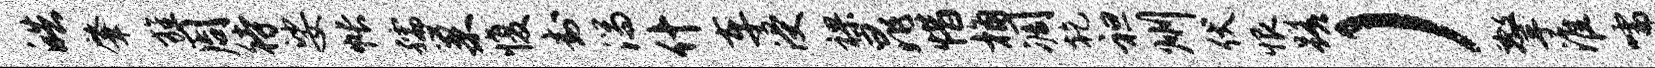
皓肇旌周待娑帐孺巢愎封湍什车浸裸晁惜桷凋乾袒州伏恨蹉）擎淮嚅